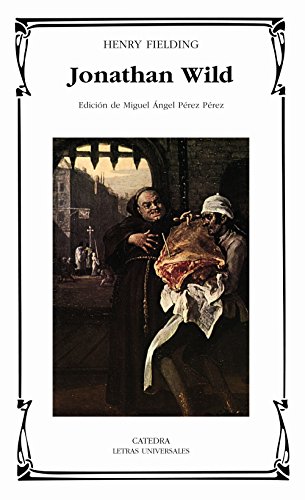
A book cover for Jonathan Wild (Letras Universales) (Spanish Edition); Henry Fielding; Literature & Fiction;